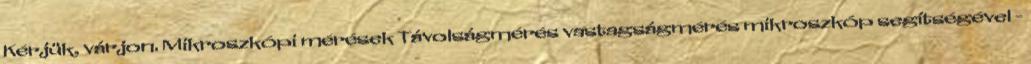
Kérjük, várjon. Mikroszkópi mérések Távolságmérés vastagságmérés mikroszkóp segítségével -